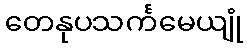
တေနုပသင်္ကမေယျုံ